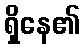
ရှိနေ၏